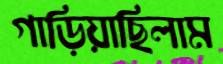
গাড়িয়াছিলাম